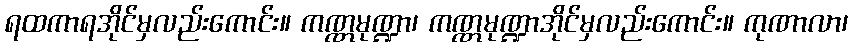
ရထကာရအိုင်မှလည်းကောင်း။ ကဏ္ဏမုဏ္ဍာ၊ ကဏ္ဏမုဏ္ဍာအိုင်မှလည်းကောင်း။ ကုဏာလာ၊